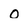
Character: o